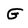
Character: G